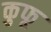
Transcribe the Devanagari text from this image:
कुफू